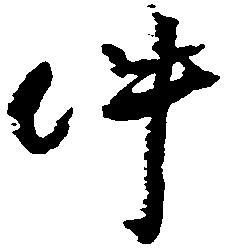
件